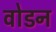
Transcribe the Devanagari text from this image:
वोडन